Indian journal of veterinary science and animal husbandry - Volumes 24-25, 1954-1955
Year: 1954
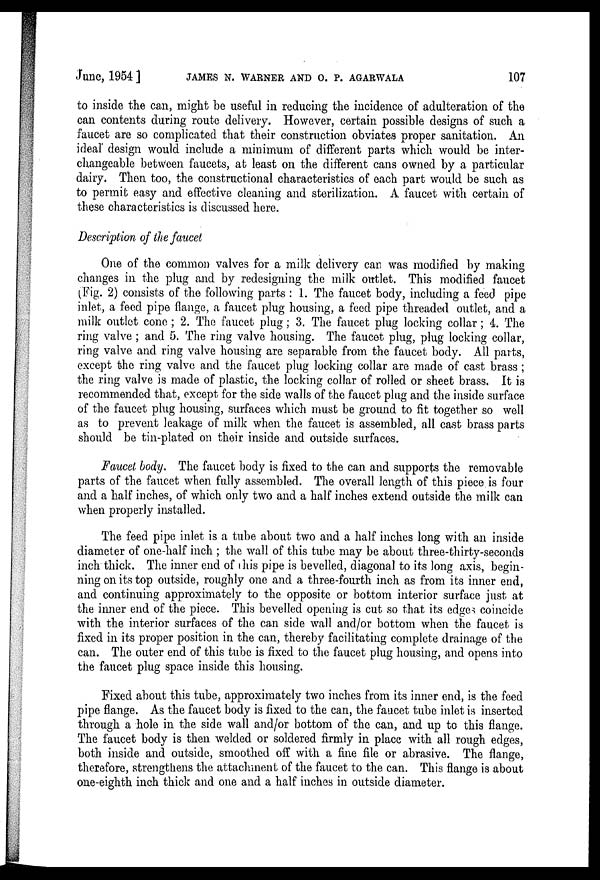
June, 1954]
JAMES
N.
WARNER
AND
O.
P.
AGARWALA
107
to inside the can, might be useful in reducing the incidence of adulteration of the
can contents during route delivery. However, certain possible designs of such a
faucet are so complicated that their construction obviates proper sanitation. An
ideal design would include a minimum of different parts which would be inter-
changeable between faucets, at least on the different cans owned by a particular
dairy. Then too, the constructional characteristics of each part would be such as
to permit easy and effective cleaning and sterilization. A faucet with certain of
these characteristics is discussed here.
Description of the faucet
One of the common valves for a milk delivery can was modified by making
changes in the plug and by redesigning the milk outlet. This modified faucet
(Fig. 2) consists of the following parts: 1. The faucet body, including a feed pipe
inlet, a feed pipe flange, a faucet plug housing, a feed pipe threaded outlet, and a
milk outlet cone; 2. The faucet plug; 3. The faucet plug locking collar; 4. The
ring valve; and 5. The ring valve housing. The faucet plug, plug locking collar,
ring valve and ring valve housing are separable from the faucet body. All parts,
except the ring valve and the faucet plug locking collar are made of cast brass;
the ring valve is made of plastic, the locking collar of rolled or sheet brass. It is
recommended that, except for the side walls of the faucet plug and the inside surface
of the faucet plug housing, surfaces which must be ground to fit together so well
as to prevent leakage of milk when the faucet is assembled, all cast brass parts
should be tin-plated on their inside and outside surfaces.
Faucet body. The faucet body is fixed to the can and supports the removable
parts of the faucet when fully assembled. The overall length of this piece is four
and a half inches, of which only two and a half inches extend outside the milk can
when properly installed.
The feed pipe inlet is a tube about two and a half inches long with an inside
diameter of one-half inch; the wall of this tube may be about three-thirty-seconds
inch thick. The inner end of this pipe is bevelled, diagonal to its long axis, begin-
ning on its top outside, roughly one and a three-fourth inch as from its inner end,
and continuing approximately to the opposite or bottom interior surface just at
the inner end of the piece. This bevelled opening is cut so that its edges coincide
with the interior surfaces of the can side wall and/or bottom when the faucet is
fixed in its proper position in the can, thereby facilitating complete drainage of the
can. The outer end of this tube is fixed to the faucet plug housing, and opens into
the faucet plug space inside this housing.
Fixed about this tube, approximately two inches from its inner end, is the feed
pipe flange. As the faucet body is fixed to the can, the faucet tube inlet is inserted
through a hole in the side wall and/or bottom of the can, and up to this flange.
The faucet body is then welded or soldered firmly in place with all rough edges,
both inside and outside, smoothed off with a fine file or abrasive. The flange,
therefore, strengthens the attachment of the faucet to the can. This flange is about
one-eighth inch thick and one and a half inches in outside diameter.